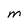
Character: M